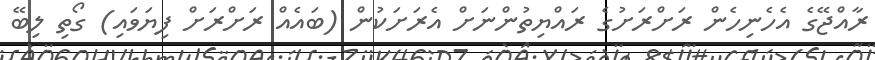
ރާއްޖޭގެ އެހެނިހެން ރަށްރަށުގެ ރައްޔިތުންނަށް އެރަށަކުން (ބައެއް ރަށްރަށް ފިޔަވައި) ގޯތި ލިބޭ